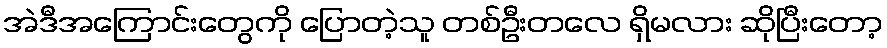
အဲဒီအကြောင်းတွေကို ပြောတဲ့သူ တစ်ဦးတလေ ရှိမလား ဆိုပြီးတော့